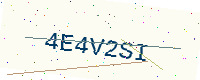
Text: 4E4V2SI